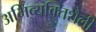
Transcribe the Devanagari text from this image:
अभिव्यक्तिशैली